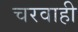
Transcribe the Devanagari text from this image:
चरवाही